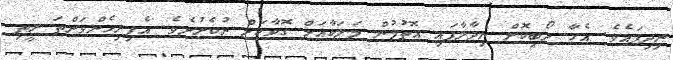
ނިދިފައެވެ. އެހާ ލޯބިކޮށް ނިދާލާފައި އޮތުމުން މަލަކާއަށް ގޮވާކަށް ނުކެރުނެވެ. އެފިރިހެންވަންތަ ރީތި